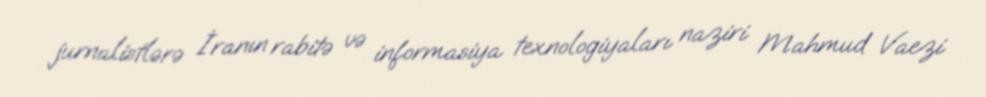
jurnalistlərə İranın rabitə və informasiya texnologiyaları naziri Mahmud Vaezi